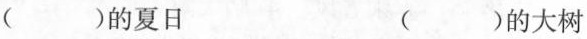
( )的夏日 ( )的大树